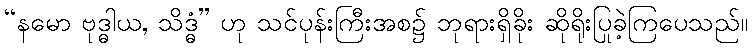
“နမော ဗုဒ္ဓါယ, သိဒ္ဓံ” ဟု သင်ပုန်းကြီးအစ၌ ဘုရားရှိခိုး ဆိုရိုးပြုခဲ့ကြပေသည်။